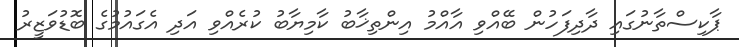
ޕާކިސްތާނުގައި ދާދިފަހުން ބޭއްވި އާއްމު އިންތިޚާބު ކާމިޔާބު ކުރެއްވި އަދި އެގައުމުގެ ބޮޑުވަޒީރު